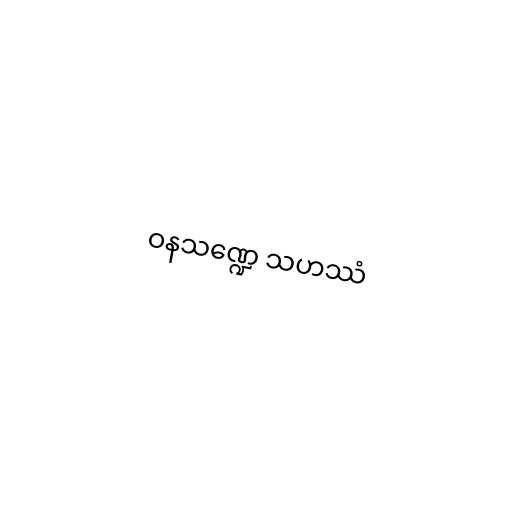
ဝနသဏ္ဍေ သဟဿံ